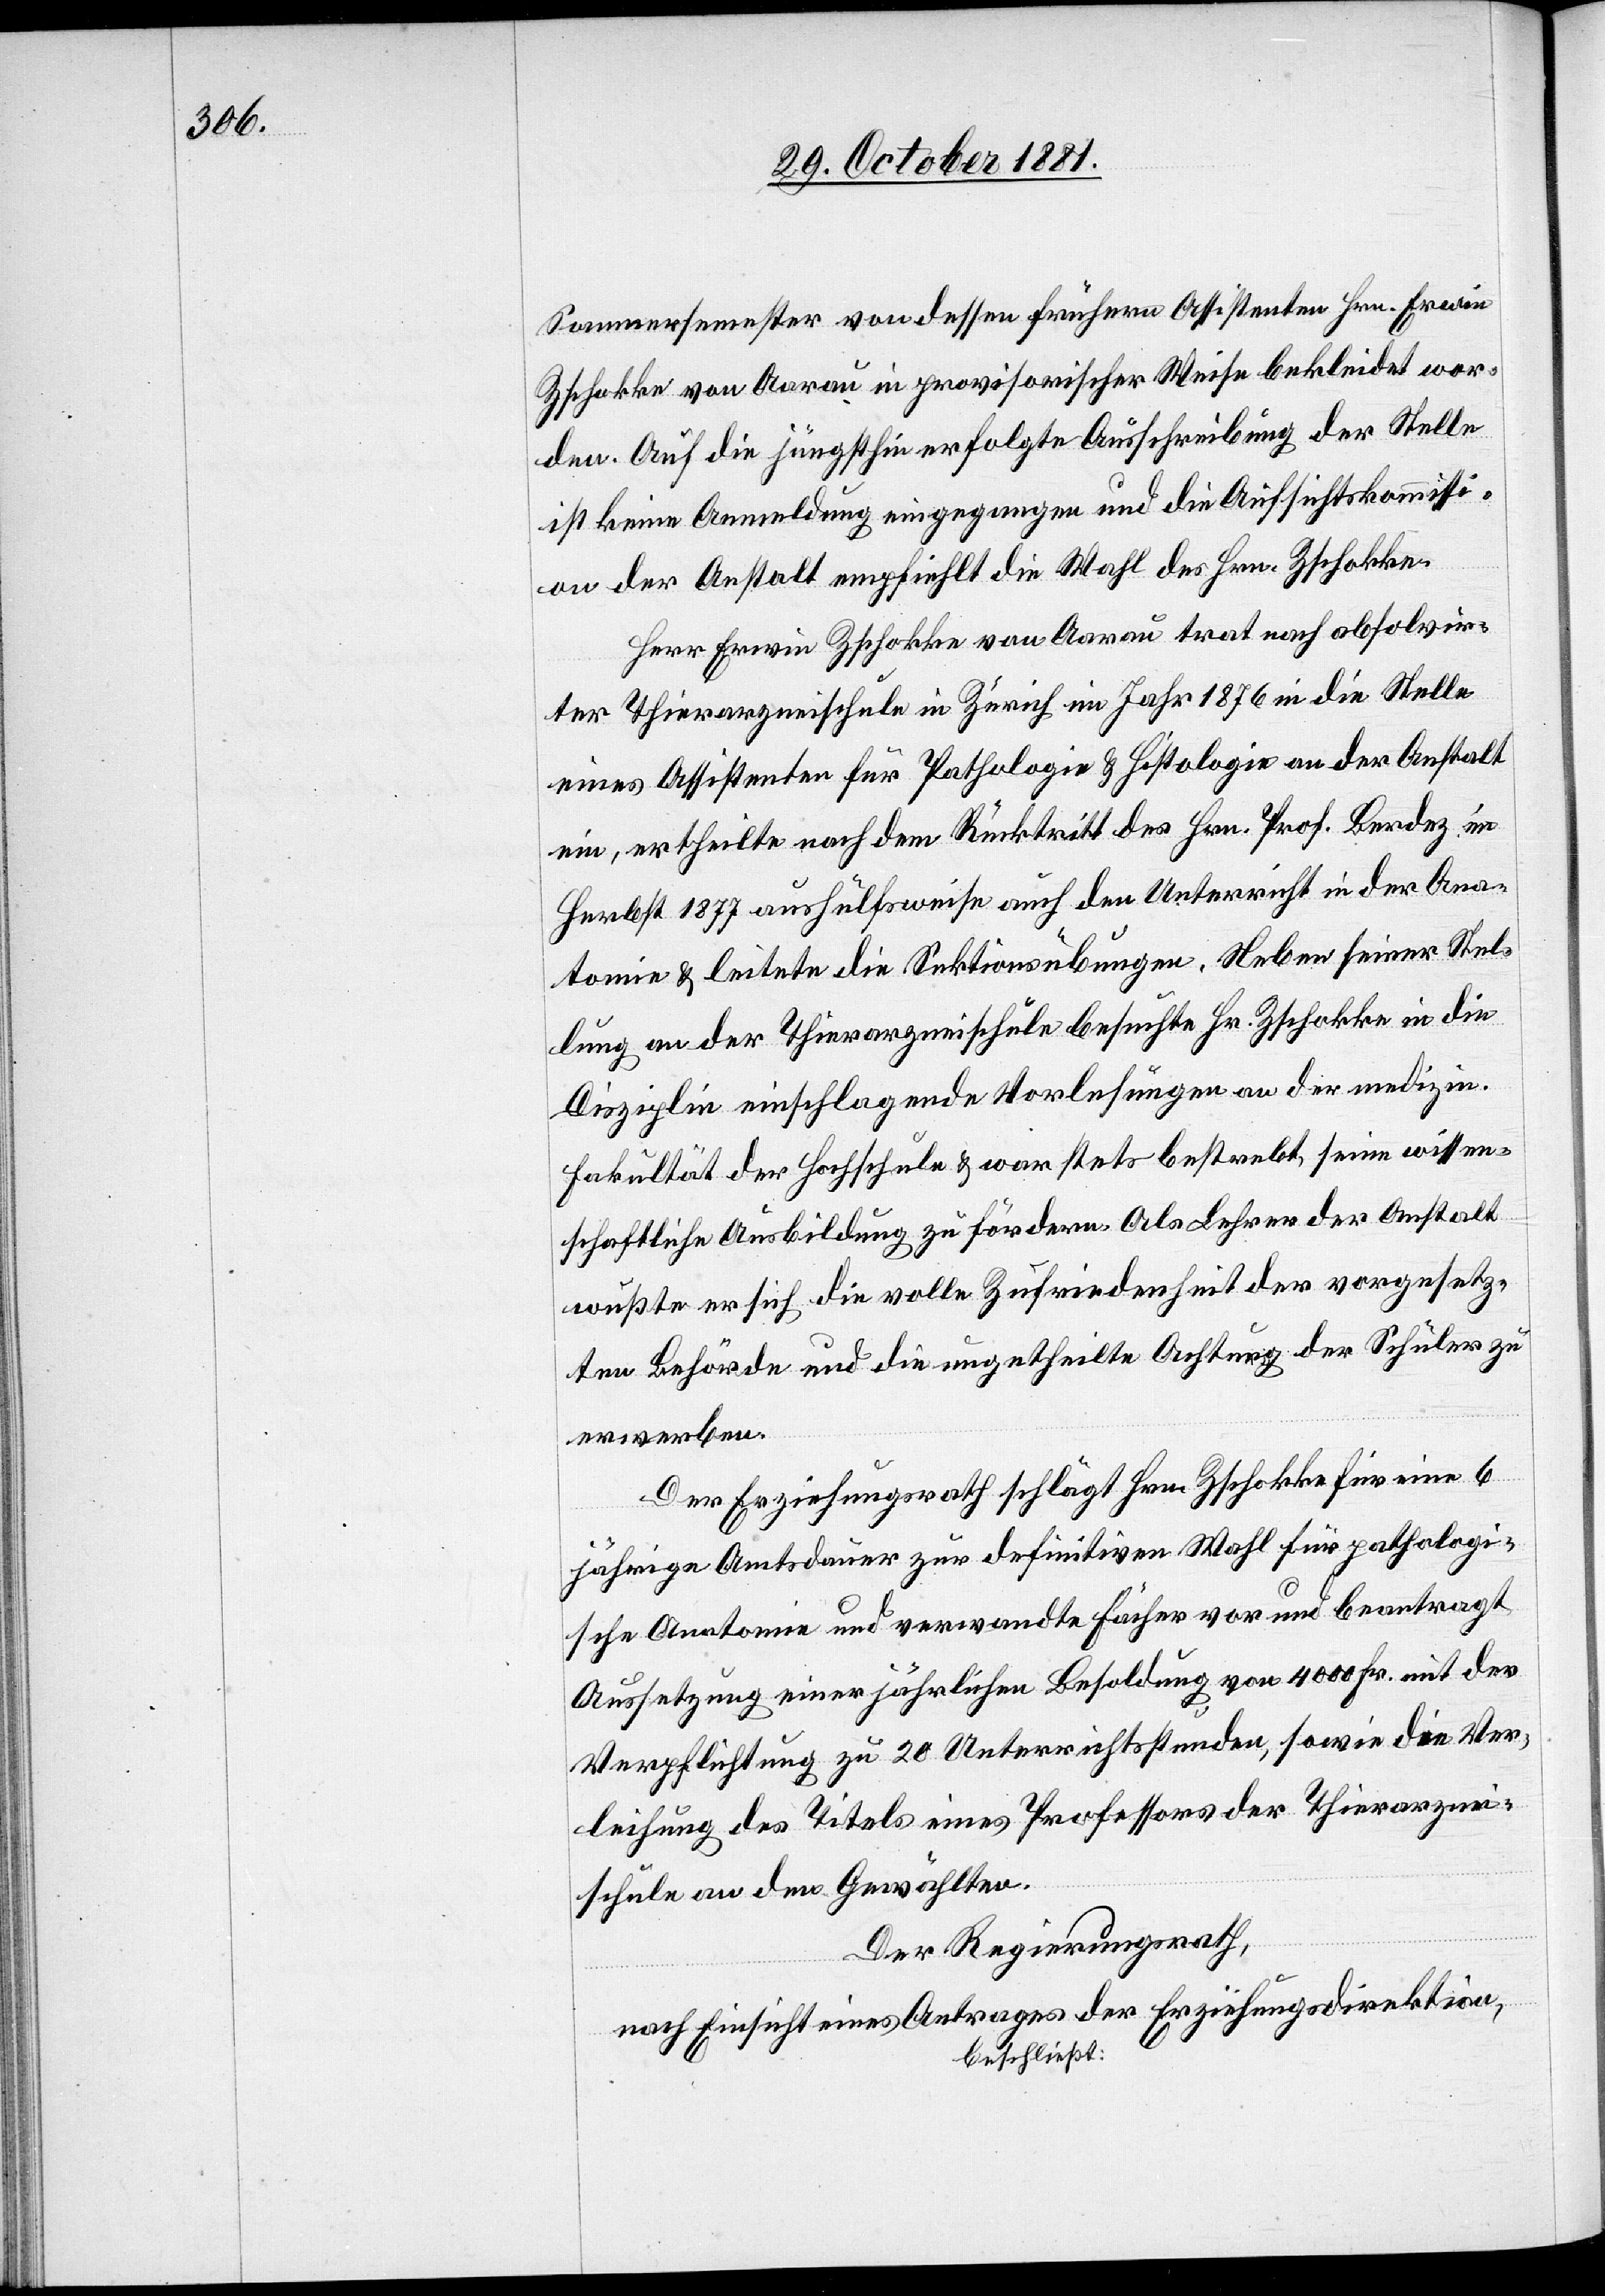
Sommersemester von dessen frühern Assistenten Hrn. Erwin
Zschokke von Aarau in provisorischer Weise bekleidet wor¬
den. Auf die jüngsthin erfolgte Ausschreibung der Stelle
ist keine Anmeldung eingegangen und die Aufsichtskommissi¬
on der Anstalt empfiehlt die Wahl des Hrn. Zschokke.
Herr Erwin Zschokke von Aarau trat nach absolvir¬
ter Thierarzneischule in Zürich im Jahr 1876 in die Stelle
eines Assistenten für Pathologie & Histologie an der Anstalt
ein, ertheilte nach dem Rücktritt des Hrn. Prof. Berdez im
Herbst 1877 aushülfsweise auch den Unterricht in der Ana¬
tomie & leitete die Sektionsübungen. Neben seiner Stel¬
lung an der Thierarzneischule besuchte Hr. Zschokke in die
Disziplin einschlagende Vorlesungen an der medizin.
Fakultät der Hochschule & war stets bestrebt, seine wissen¬
schaftliche Ausbildung zu fördern. Als Lehrer der Anstalt
wußte er sich die volle Zufriedenheit der Vorgesetz¬
en Behörde und die ungetheilte Achtung der Schüler zu
erwerben.
Der Erziehungsrath schlägt Hrn. Zschokke für eine 6
jährige Amtsdauer zur definitiven Wahl für pathologi¬
sche Anatomie und verwandte Fächer vor und beantragt
Aussetzung einer jährlichen Besoldung von 4000 Fr. mit der
Verpflichtung zu 20 Unterrichtsstunden, sowie die Ver¬
leihung des Titels eines Professors der Thierarznei¬
schule an den Gewählten.
Der Regierungsrath,
nach Einsicht eines Antrages der Erziehungsdirektion,
beschließt: